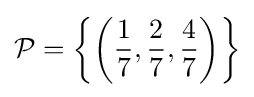
{\mathcal {P}}=\left\{\left({\frac {1}{7}},{\frac {2}{7}},{\frac {4}{7}}\right)\right\rbrace